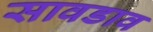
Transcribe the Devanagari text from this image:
सावडाव